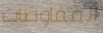
المفاوضات